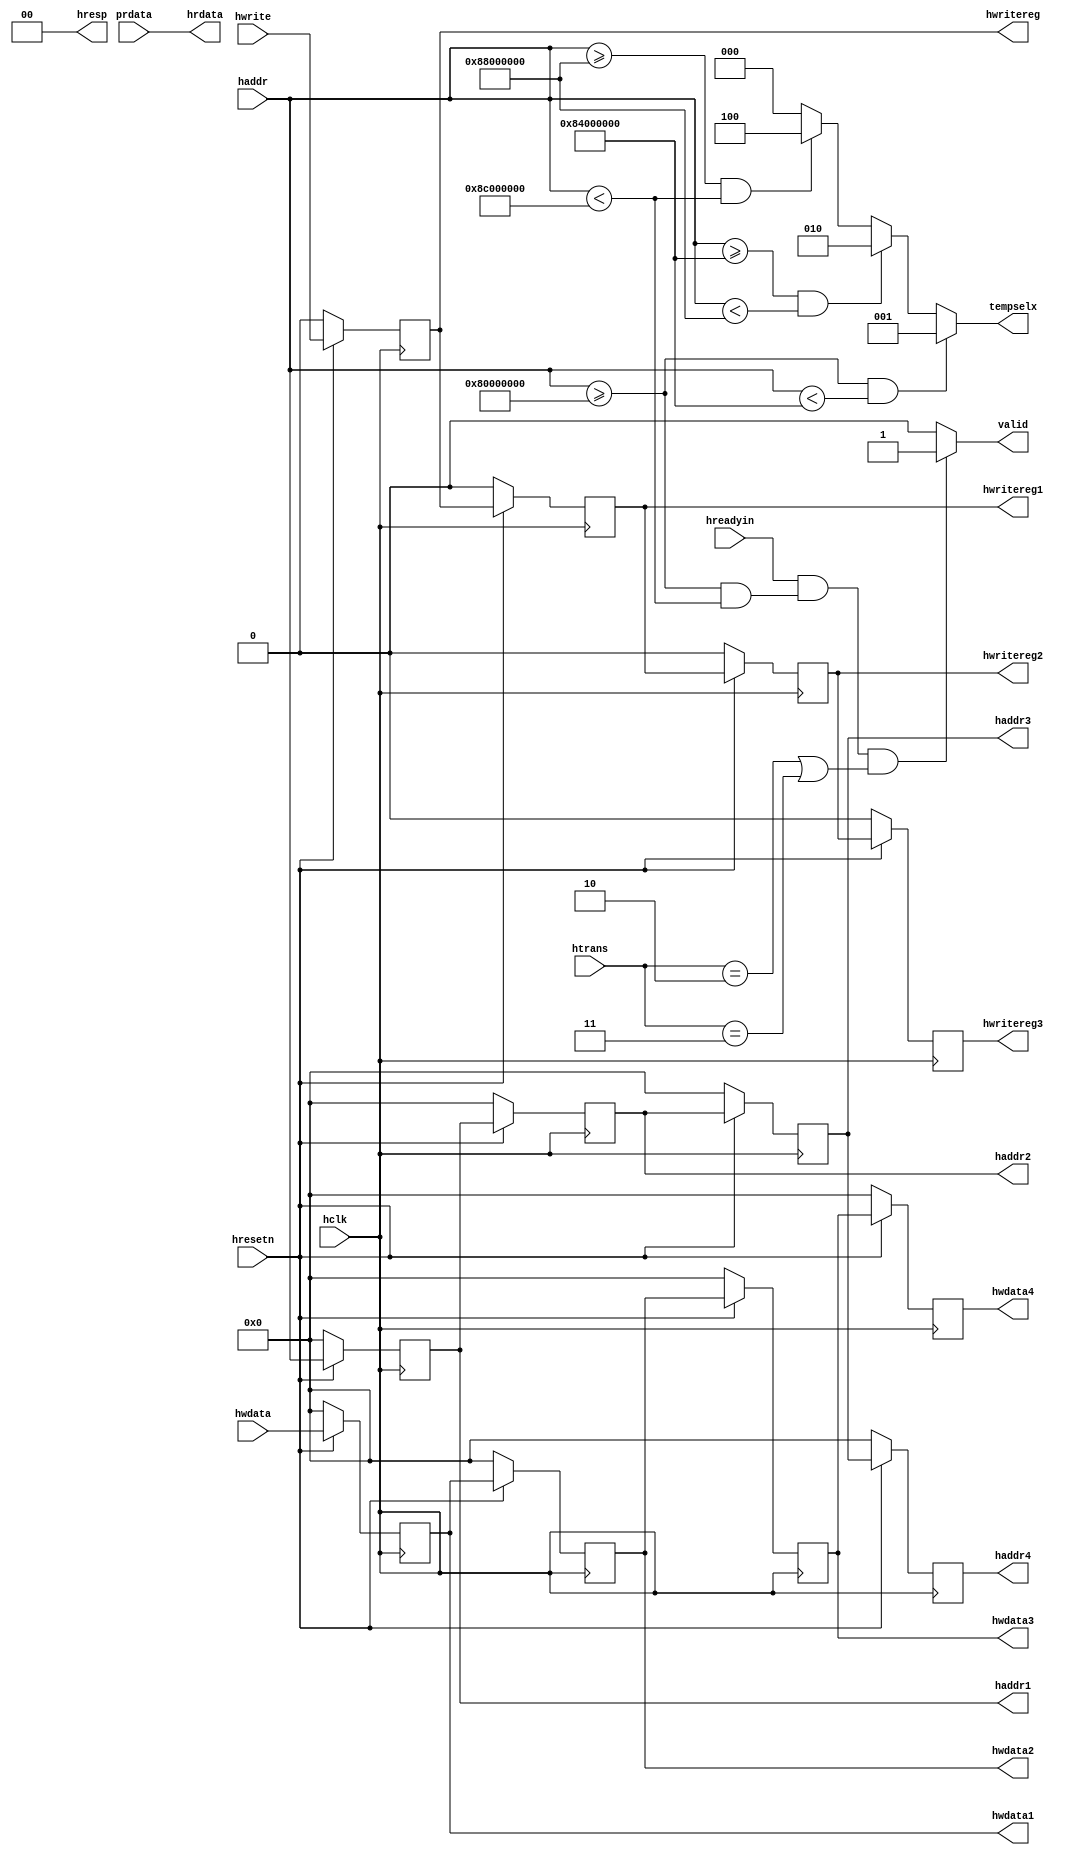
module ahb_slave_interface(hclk,hresetn,hwrite,hreadyin,htrans,hwdata,haddr,prdata,hwritereg,hwritereg1,hwritereg2,hwritereg3,valid,hwdata1,hwdata2,hwdata3,hwdata4,haddr1,haddr2,haddr3,haddr4,hrdata,hresp,tempselx);
 
  input hclk,hwrite,hreadyin;
  input hresetn;
  input [1:0]htrans;
  input [31:0]haddr;
  input [31:0]hwdata;
  input [31:0]prdata;
  
  output reg [31:0]haddr1;
  output reg [31:0]haddr2;
  output reg [31:0]haddr3;
  output reg [31:0]haddr4;
  output reg [31:0]hwdata1;
  output reg [31:0]hwdata2;
  output reg [31:0]hwdata3;
  output reg [31:0]hwdata4;
  output reg [2:0]tempselx;
  output reg valid;
  output reg hwritereg;
  output reg hwritereg1;
  output reg hwritereg2;
  output reg hwritereg3;
  output [1:0] hresp;
  output [31:0]hrdata;
  
  //pipelining of haddress
  always@(posedge hclk)
    begin
      if(!hresetn)
        begin
	  haddr1<=0;
	  haddr2<=0;
          haddr3<=0;
          haddr4<=0;
	end
     else
       begin
	 haddr1<=haddr;
	 haddr2<=haddr1;
         haddr3<=haddr2;
         haddr4<=haddr3;
       end
     end
  //pipelining of hwdata
  always@(posedge hclk)
    begin
      if(!hresetn)
        begin
	  hwdata1<=0;
	  hwdata2<=0;
          hwdata3<=0;
          hwdata4<=0;
        end
      else
        begin
	  hwdata1<=hwdata;
	  hwdata2<=hwdata1;
          hwdata3<=hwdata2;
          hwdata4<=hwdata3;
	end
     end
  //pipelining of hwrite
  always@(posedge hclk)
    begin
      if(!hresetn)
        begin
	  hwritereg<=0;
	  hwritereg1<=0;
          hwritereg2<=0;
          hwritereg3<=0;
	 end
     else
       begin
         hwritereg<=hwrite;
	 hwritereg1<=hwritereg;
         hwritereg2<=hwritereg1;
         hwritereg3<=hwritereg2;
       end
    end
  
  always@(*)
    begin
      if(hreadyin==1 && (haddr >=32'h8000_0000 && haddr<32'h8c00_0000) && (htrans==2'b10||htrans==2'b11))
        begin 
	  valid=1;
	end
      else
        begin
          valid=0;
        end
    end
  
  always@(*)
    begin 
      if( (haddr>=32'h8000_0000 && haddr<32'h8400_0000) )
        tempselx=3'b001;
      else if((haddr>=32'h8400_0000 && haddr<32'h8800_0000) )
        tempselx=3'b010;
      else if( (haddr>=32'h8800_0000 && haddr<32'h8c00_0000) )
        tempselx=3'b100;
      else
        tempselx=3'b000;
    end
  
  assign hrdata=prdata;
  assign hresp=2'b00;
  
endmodule